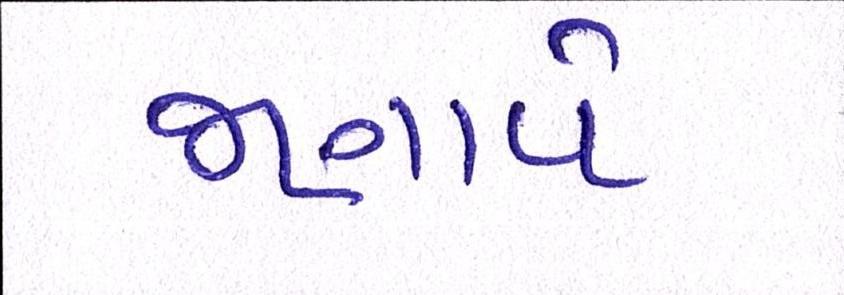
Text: જણાવે